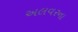
અલવરના